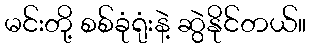
မင်းတို့ စစ်ခုံရုံးနဲ့ ဆွဲနိုင်တယ်။